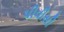
પીવીસી